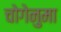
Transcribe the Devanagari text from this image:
चोगेनुमा